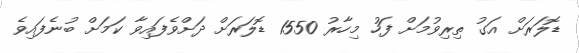
ޑޮލަރަށް އަގު ތިރިވުމަށް ފަހު މިހާރު 1550 ޑޮލަރަށް ދަށްވެފައިވާ ކަމަށް ބުނެފައިވެ